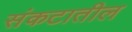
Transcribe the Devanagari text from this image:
संकटातील